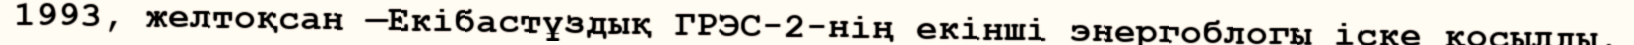
1993, желтоқсан —Екібастұздық ГРЭС-2-нің екінші энергоблогы іске қосылды.